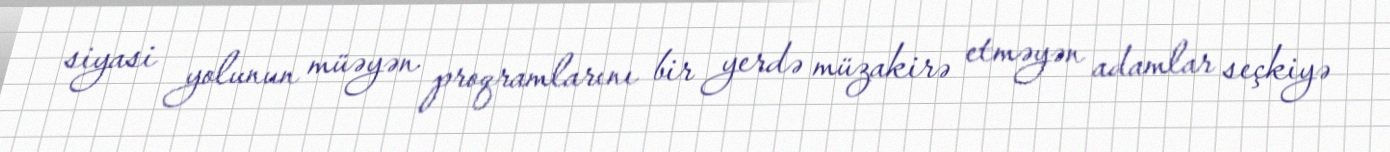
siyasi yolunun müəyən proqramlarını bir yerdə müzakirə etməyən adamlar seçkiyə